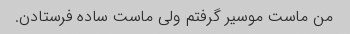
من ماست موسیر گرفتم ولی ماست ساده فرستادن.